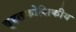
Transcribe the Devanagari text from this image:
वृहतकोशिकीय